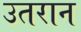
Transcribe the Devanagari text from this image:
उतरान